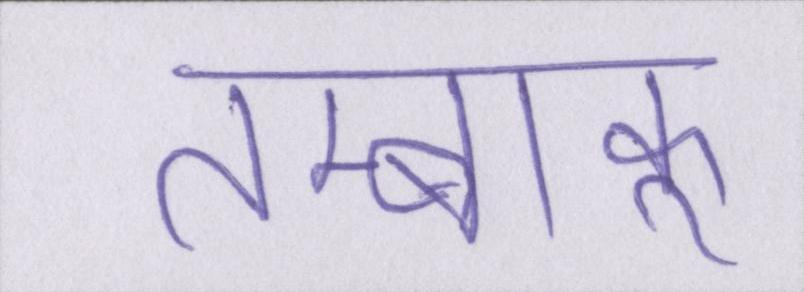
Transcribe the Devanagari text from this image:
तम्बाकू